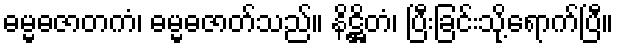
ဓမ္မဓဇာတကံ၊ ဓမ္မဓဇာတ်သည်။ နိဋ္ဌိတံ၊ ပြီးခြင်းသို့ရောက်ပြီ။